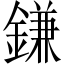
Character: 鎌